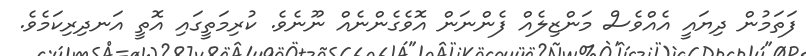
ފަތަމުން ދިޔައީ އެއްވެސް މަންޒިލެއް ފެންނަން އޮވެގެންނެއް ނޫނެވެ. ކުރިމަތީގައި އޮތީ އަނދިރިކަމެވެ.